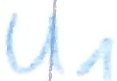
Text: U1